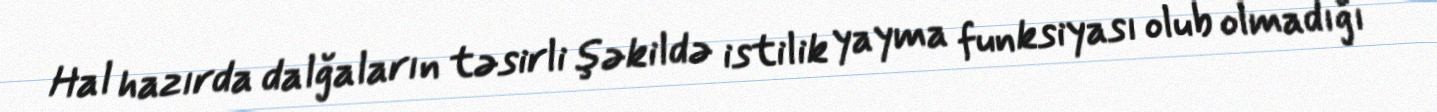
Hal hazırda dalğaların təsirli şəkildə istilik yayma funksiyası olub olmadığı